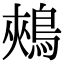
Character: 鵊